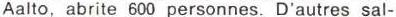
Aalto, abrite 600 personnes. D'autres sal-